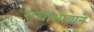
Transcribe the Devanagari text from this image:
राधाभावाने